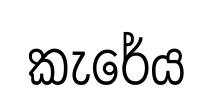
කැරේය